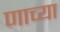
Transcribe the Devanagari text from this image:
णाच्या